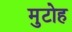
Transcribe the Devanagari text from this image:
मुटोह